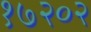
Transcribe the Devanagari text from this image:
१७२०२